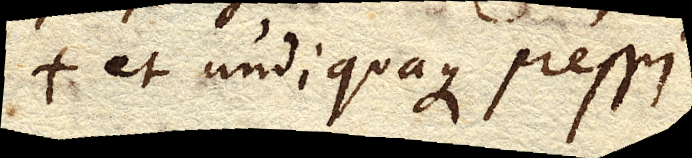
et undiquaque pressi